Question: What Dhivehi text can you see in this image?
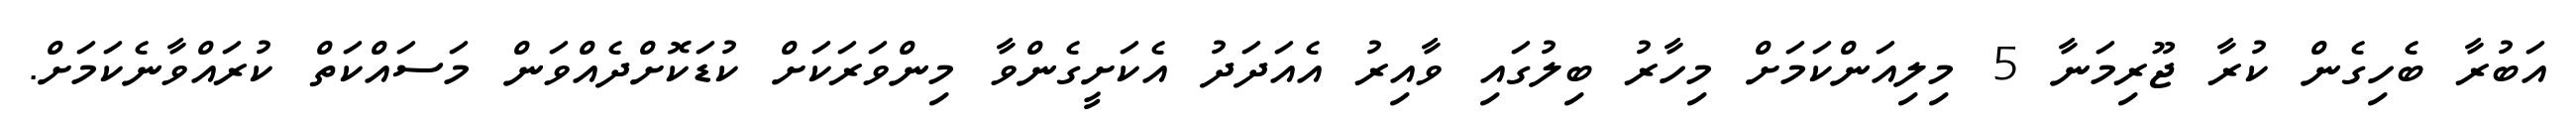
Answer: އަބުރާ ބެހިގެން ކުރާ ޖޫރިމަނާ 5 މިލިއަންކަމަށް މިހާރު ބިލުގައި ވާއިރު އެއަދަދު އެކަށީގެންވާ މިންވަރަކަށް ކުޑަކޮށްދެއްވަން މަސައްކަތް ކުރައްވާނެކަމަށް.